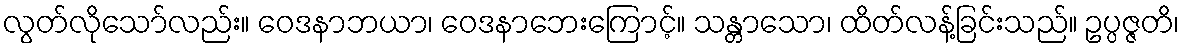
လွတ်လိုသော်လည်း။ ဝေဒနာဘယာ၊ ဝေဒနာဘေးကြောင့်။ သန္တာသော၊ ထိတ်လန့်ခြင်းသည်။ ဥပ္ပဇ္ဇတိ၊